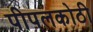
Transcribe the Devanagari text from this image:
पीपलकोठी